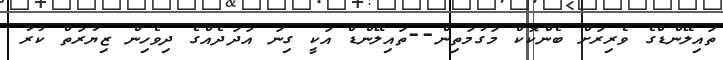
ތައިލޭންޑްގެ ވެރިރަށް ބެންކޮކް މަގުމަތިން--ތައިލޭންޑް އަކީ ގިނަ އަދަދެއްގެ ދިވެހިން ޒިޔާރަތް ކުރާ